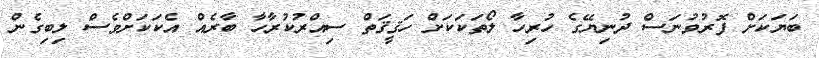
ބަޔަކަށް ފޮރުވުނަސް ދުނިޔޭގެ ހުރިހާ ލޯތަކަކަށް ހަޤީޤަތް ސިއްރުކުރާހާ ބާރެއް އެކަކަށްވެސް ލިބިގެން